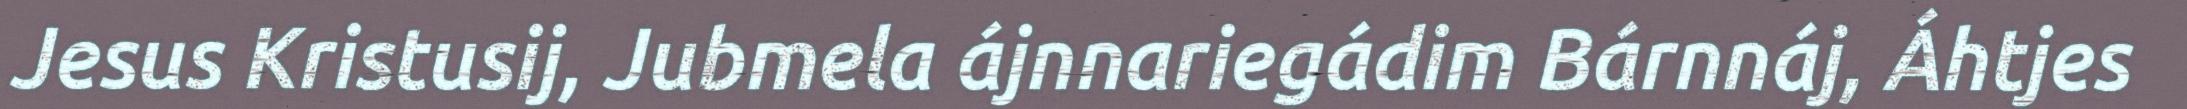
Jesus Kristusij, Jubmela ájnnariegádim Bárnnáj, Áhtjes